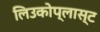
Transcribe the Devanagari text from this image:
लिउकोप्लास्ट